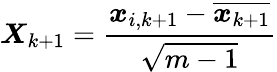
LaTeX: \boldsymbol{X}_{k+1}=\frac{\boldsymbol{x}_{i,k+1}-\overline{{\boldsymbol{x}_{k+1}}}}{\sqrt{m-1}}